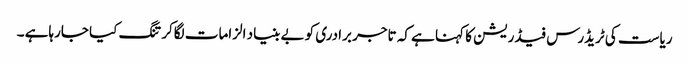
ریاست کی ٹریڈرس فیڈریشن کا کہنا ہے کہ تاجر برادری کو بے بنیاد الزامات لگاکر تنگ کیا جارہاہے ۔